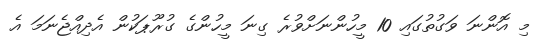
މި އޮންނަ ވަގުތުގައި 10 މީހުންނަށްވުރެ ގިނަ މީހުންގެ ގުރޫޕަކުން އެދިއްޖެނަމަ އެ